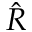
\hat { R }